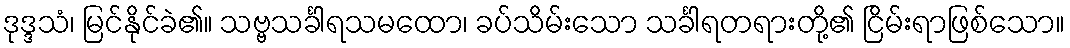
ဒုဒ္ဒသံ၊ မြင်နိုင်ခဲ၏။ သဗ္ဗသင်္ခါရသမထော၊ ခပ်သိမ်းသော သင်္ခါရတရားတို့၏ ငြိမ်းရာဖြစ်သော။